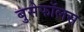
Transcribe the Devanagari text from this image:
बुसेफॉलस